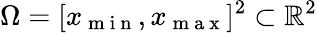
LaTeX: \Omega=[x_{\mathrm{~m~i~n~}},x_{\mathrm{~m~a~x~}}]^{2}\subset\mathbb{R}^{2}